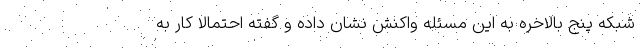
شبکه پنج بالاخره به این مسئله واکنش نشان داده و گفته احتمالا کار به